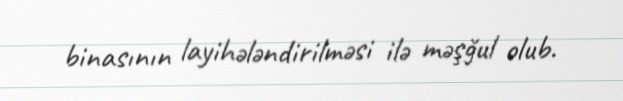
binasının layihələndirilməsi ilə məşğul olub.